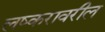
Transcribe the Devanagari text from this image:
लष्करावरील